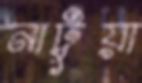
নাটুয়া